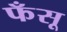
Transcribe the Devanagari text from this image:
फँसू